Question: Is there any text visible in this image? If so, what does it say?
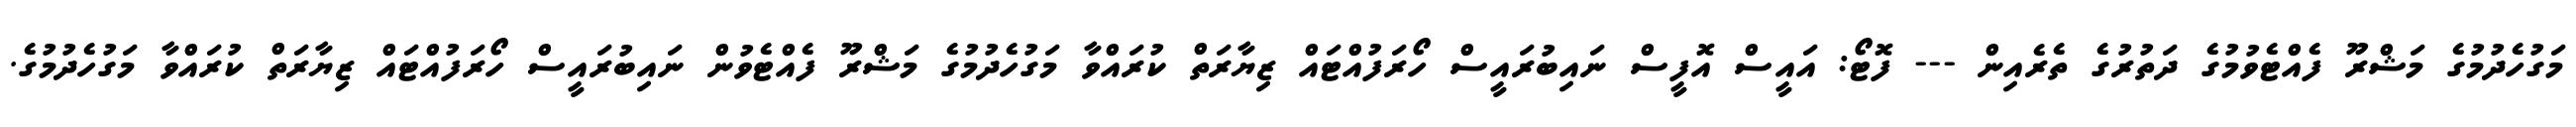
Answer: މަގުހެދުމުގެ މަޝްރޫ ފެއްޓެވުމުގެ ދަތުރުގެ ތެރެއިން --- ފޮޓޯ: އައީސް އޮފީސް ނައިބުރައީސް ހޯރަފުއްޓައް ޒިޔާރަތް ކުރައްވާ މަގުހެދުމުގެ މަޝްރޫ ފެއްޓެވުން ނައިބުރައީސް ހޯރަފުއްޓައް ޒިޔާރަތް ކުރައްވާ މަގުހެދުމުގެ.